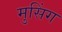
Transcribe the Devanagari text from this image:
मुसिंग